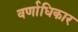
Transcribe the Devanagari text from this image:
वर्णाधिकार